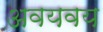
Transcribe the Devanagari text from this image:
अवयवय